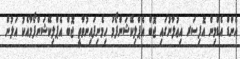
އެންޑް އެޑްމިން އޮފިސަރ އިޢުލާނުގައި ޖޮބް އެޕްލިކޭޝަންފޯމު ހިމެނިފައިނުވާތީ ޖޮބް އެޕްލިކޭޝަންފޯމާއެކު އަލުން